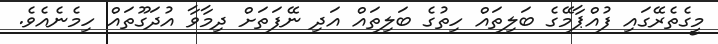
މީގެތެރޭގައި ފުއްޕާމޭގެ ބަލިތައް ހިތުގެ ބަލިތައް އަދި ނޭފަތަށް ދިމާވާ އުދަގޫތައް ހިމެނެއެވެ.